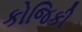
કોજિકી